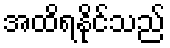
အထိရနိုင်သည်